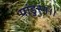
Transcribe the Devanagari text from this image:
पांडुरंग।।